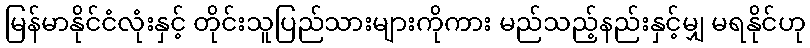
မြန်မာနိုင်ငံလုံးနှင့် တိုင်းသူပြည်သားများကိုကား မည်သည့်နည်းနှင့်မျှ မရနိုင်ဟု